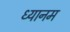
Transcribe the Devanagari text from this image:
ध्यानम